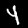
Digit: 4